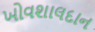
ખોવશાલદાન